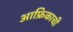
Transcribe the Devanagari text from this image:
आफ्रिकाची